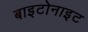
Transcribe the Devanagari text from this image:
बाइटोनाइट